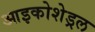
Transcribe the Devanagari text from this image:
आइकोशेड्रल